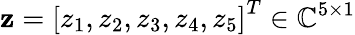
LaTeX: {\mathbf z}=\left[z_{1},z_{2},z_{3},z_{4},z_{5}\right]^{T}\in\mathbb{C}^{5\times 1}